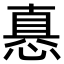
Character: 㥲